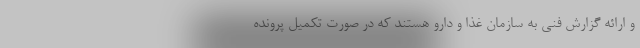
و ارائه گزارش فنی به سازمان غذا و دارو هستند که در صورت تکمیل پرونده